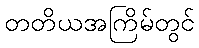
တတိယအကြိမ်တွင်